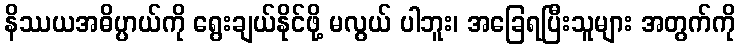
နိဿယအဓိပ္ပာယ်ကို ရွေးချယ်နိုင်ဖို့ မလွယ် ပါဘူး၊ အခြေရပြီးသူများ အတွက်ကို